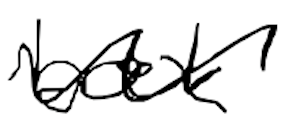
Text: book
Cross-out: wave
Writing tool: digital_black